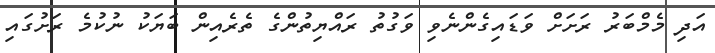
އަދި މެމްބަރު ރަށަށް ވަޑައިގެންނެވި ވަގުތު ރައްޔިތުންގެ ތެރެއިން ބަޔަކު ނުކުމެ ރަށުގައި